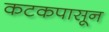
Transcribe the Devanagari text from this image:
कटकपासून